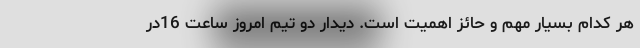
هر کدام بسیار مهم و حائز اهمیت است. دیدار دو تیم امروز ساعت 16در